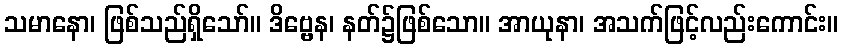
သမာနော၊ ဖြစ်သည်ရှိသော်။ ဒိဗ္ဗေန၊ နတ်၌ဖြစ်သော။ အာယုနာ၊ အသက်ဖြင့်လည်းကောင်း။